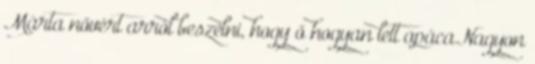
Márta nővért arról beszélni, hogy ő hogyan lett apáca.Nagyon